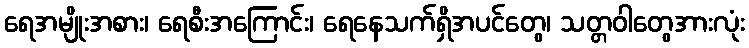
ရေအမျိုးအစား၊ ရေစီးအကြောင်း၊ ရေနေသက်ရှိအပင်တွေ၊ သတ္တဝါတွေအားလုံး